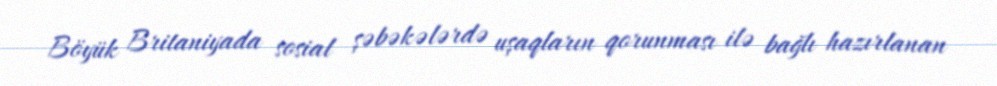
Böyük Britaniyada sosial şəbəkələrdə uşaqların qorunması ilə bağlı hazırlanan